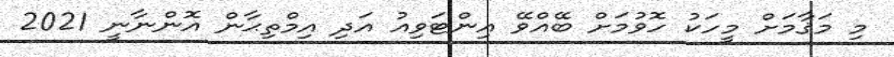
މި މަޤާމަށް މީހަކު ހޮވުމަށް ބޭއްވޭ އިންޓަވިއު އަދި އިމްތިޙާން އޮންނާނީ 2021